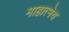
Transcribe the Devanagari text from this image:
माहात्मेय